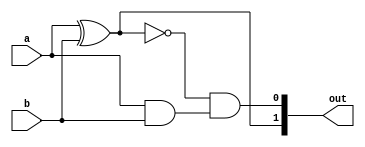
`timescale 1ns / 1ps
//////////////////////////////////////////////////////////////////////////////////
//
// 
// Design Name: 
// Module Name:    kgpGenTB 
//
// Project Name: 
// Target Devices: 
// Tool versions: 
// Description: 
//
// Dependencies: 
//
// Revision: 
// Revision 0.01 - File Created
// Additional Comments: 
//
//////////////////////////////////////////////////////////////////////////////////
module kpgGen(a, b, out);
    input a;
    input b;
	 wire w1, w2;
	 output [1:0] out;
	 
	 xor(w1,a,b);
	 and(w2,a,b);
	 
	 //always @(w1 or w2)
	 //begin 
	//	if(w1) begin
	//			out <= 2'b10;
	//			end
	//	else begin
//			if(w2) begin
//				out <= 2'b01;
//				end
//			else begin
//				out <= 2'b00;:q
//
//				end
//			end
//	 end
	assign out[1] = w1;
	assign out[0] = ~w1 & w2;
	 endmodule